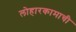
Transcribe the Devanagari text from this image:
लोहारकामाची